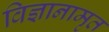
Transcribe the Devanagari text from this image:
विज्ञानामृत